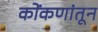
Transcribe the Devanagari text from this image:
कोंकणांतून